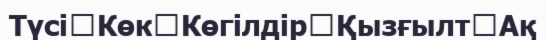
Түсі	Көк	Көгілдір	Қызғылт	Ақ